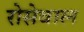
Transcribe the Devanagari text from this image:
रोसेवाल